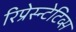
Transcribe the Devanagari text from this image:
रिप्रेस्न्टेटिव्स